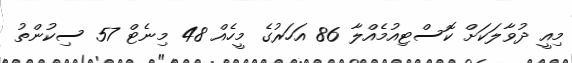
މިއީ ދުވާލަކަށް ކޮސްޓިއުމެއްލާ 86 އަހަރުގެ މީހެއް 48 މިނެޓް 57 ސިކުންތު